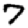
Digit: 7